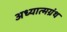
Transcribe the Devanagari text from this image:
अध्यात्मग्रंथ